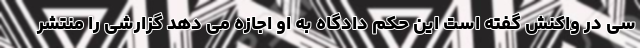
سی در واکنش گفته است این حکم دادگاه به او اجازه می دهد گزارشی را منتشر